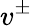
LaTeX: v^{\pm}